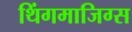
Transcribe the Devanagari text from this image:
थिंगमाजिग्स